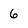
Character: 6